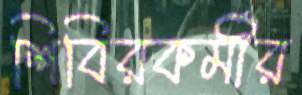
শিবিরকর্মীর